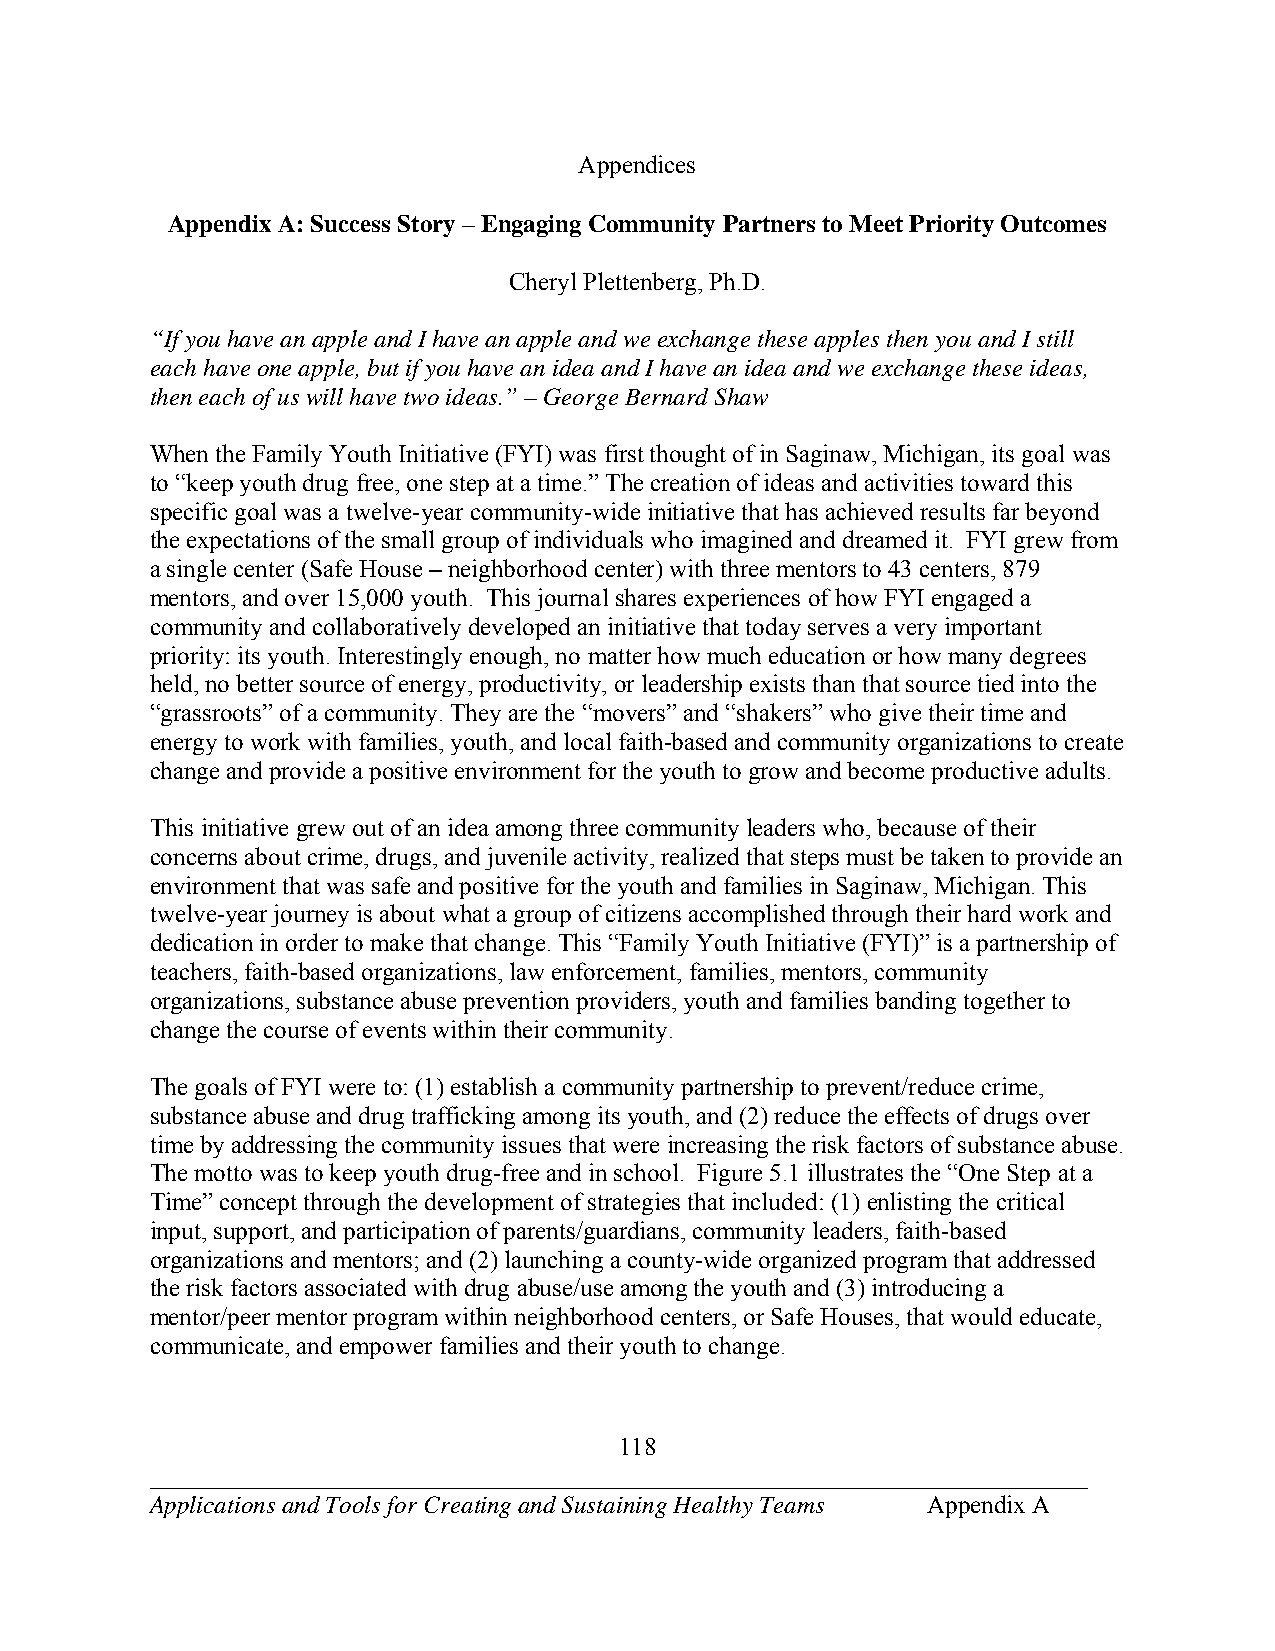
Appendices
 Appendix A: Success Story – Engaging Community Partners to Meet Priority Outcomes
 Cheryl Plettenberg, Ph.D.
 “If you have an apple and I have an apple and we exchange these apples then you and I still
 each have one apple, but if you have an idea and I have an idea and we exchange these ideas,
 then each of us will have two ideas.” – George Bernard Shaw
 When the Family Youth Initiative (FYI) was first thought of in Saginaw, Michigan, its goal was
 to “keep youth drug free, one step at a time.” The creation of ideas and activities toward this
 specific goal was a twelve-year community-wide initiative that has achieved results far beyond
 the expectations of the small group of individuals who imagined and dreamed it. FYI grew from
 a single center (Safe House – neighborhood center) with three mentors to 43 centers, 879
 mentors, and over 15,000 youth. This journal shares experiences of how FYI engaged a
 community and collaboratively developed an initiative that today serves a very important
 priority: its youth. Interestingly enough, no matter how much education or how many degrees
 held, no better source of energy, productivity, or leadership exists than that source tied into the
 “grassroots” of a community. They are the “movers” and “shakers” who give their time and
 energy to work with families, youth, and local faith-based and community organizations to create
 change and provide a positive environment for the youth to grow and become productive adults.
 This initiative grew out of an idea among three community leaders who, because of their
 concerns about crime, drugs, and juvenile activity, realized that steps must be taken to provide an
 environment that was safe and positive for the youth and families in Saginaw, Michigan. This
 twelve-year journey is about what a group of citizens accomplished through their hard work and
 dedication in order to make that change. This “Family Youth Initiative (FYI)” is a partnership of
 teachers, faith-based organizations, law enforcement, families, mentors, community
 organizations, substance abuse prevention providers, youth and families banding together to
 change the course of events within their community.
 The goals of FYI were to: (1) establish a community partnership to prevent/reduce crime,
 substance abuse and drug trafficking among its youth, and (2) reduce the effects of drugs over
 time by addressing the community issues that were increasing the risk factors of substance abuse.
 The motto was to keep youth drug-free and in school. Figure 5.1 illustrates the “One Step at a
 Time” concept through the development of strategies that included: (1) enlisting the critical
 input, support, and participation of parents/guardians, community leaders, faith-based
 organizations and mentors; and (2) launching a county-wide organized program that addressed
 the risk factors associated with drug abuse/use among the youth and (3) introducing a
 mentor/peer mentor program within neighborhood centers, or Safe Houses, that would educate,
 communicate, and empower families and their youth to change.
 118
 ___________________________________________________________________________
 Applications and Tools for Creating and Sustaining Healthy Teams Appendix A